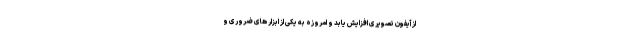
از آیفون تصویری افزایش یابد و امروزه به یکی از ابزار های ضروری و